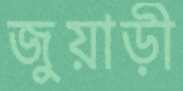
জুয়াড়ী